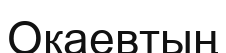
Оқаевтың